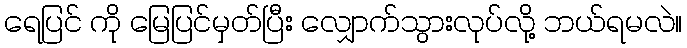
ရေပြင် ကို မြေပြင်မှတ်ပြီး လျှောက်သွားလုပ်လို့ ဘယ်ရမလဲ။